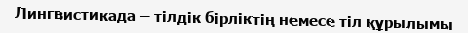
Лингвистикада – тілдік бірліктің немесе тіл құрылымы